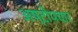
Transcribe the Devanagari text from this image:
अष्टोपचार